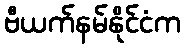
ဗီယက်နမ်နိုင်ငံက